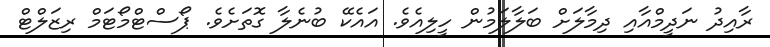
ރާއިދު ނަދީމްއާއި ދިމާލަށް ބަލާލަމުން ހީލިއެވެ. އައެކޭ ބުނެލާ ގޮތަށެވެ. ޕޯސްޓްމޯޓަމް ރިޒަލްޓް